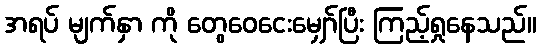
အရပ် မျက်နှာ ကို တွေဝေငေးမျှော်ပြီး ကြည့်ရှုနေသည်။